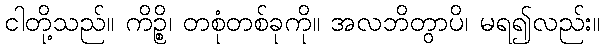
ငါတို့သည်။ ကိဉ္စိ၊ တစုံတစ်ခုကို။ အလဘိတွာပိ၊ မရ၍လည်း။